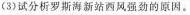
(3)试分析罗斯海新站西风强劲的原因。